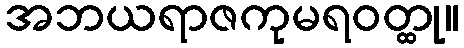
အဘယရာဇကုမရဝတ္ထု။